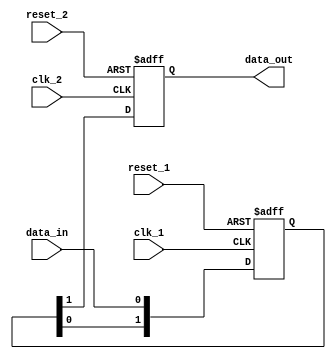
module synchronizer_with_reset (
    input wire clk_1, // Clock signal for domain 1
    input wire clk_2, // Clock signal for domain 2
    input wire reset_1, // Reset signal for domain 1
    input wire reset_2, // Reset signal for domain 2
    input wire data_in, // Input data signal
    output reg data_out // Synchronized output data signal
);

reg [1:0] sync_reg; // Synchronization flip-flop register

always @(posedge clk_1 or posedge reset_1) begin
    if (reset_1) begin
        sync_reg <= 2'b00; // Synchronize to low state
    end else begin
        sync_reg <= {sync_reg[0], data_in}; // Synchronize input data
    end
end

always @(posedge clk_2 or posedge reset_2) begin
    if (reset_2) begin
        data_out <= 1'b0; // Reset synchronized output
    end else begin
        data_out <= sync_reg[1]; // Output synchronized data
    end
end

endmodule